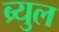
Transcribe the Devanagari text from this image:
ब्र्युल